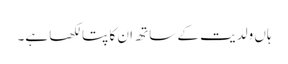
ہاں ولدیت کے ساتھ ان کا پتا لکھا ہے۔